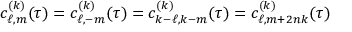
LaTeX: c _ { \ell , m } ^ { ( k ) } ( \tau ) = c _ { \ell , - m } ^ { ( k ) } ( \tau ) = c _ { k - \ell , k - m } ^ { ( k ) } ( \tau ) = c _ { \ell , m + 2 n k } ^ { ( k ) } ( \tau )